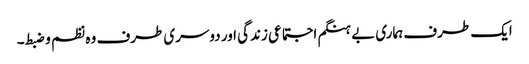
ایک طرف ہماری بے ہنگم اجتماعی زندگی اور دوسری طرف وہ نظم و ضبط۔